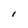
Character: I